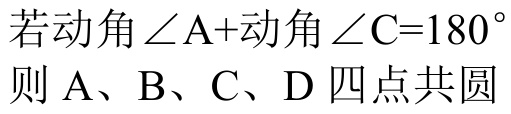
若动角 $\angle \mathrm{A}+$动角 $\angle \mathrm{C}=180^{\circ}$
则 $\mathrm{A}$、$\mathrm{B}$、$\mathrm{C}$、$\mathrm{D}$ 四点共圆